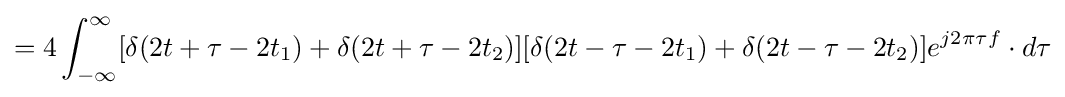
=4\int _{-\infty }^{\infty }[\delta (2t+\tau -2t_{1})+\delta (2t+\tau -2t_{2})][\delta (2t-\tau -2t_{1})+\delta (2t-\tau -2t_{2})]e^{j2\pi \tau f}\cdot d\tau